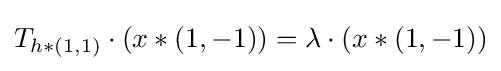
T_{h*(1,1)}\cdot (x*(1,-1))=\lambda \cdot (x*(1,-1))